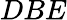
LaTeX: DBE